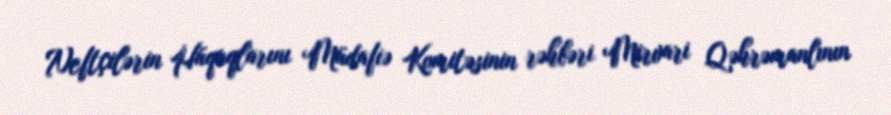
Neftçilərin Hüquqlarını Müdafiə Komitəsinin rəhbəri Mirvari Qəhrəmanlının